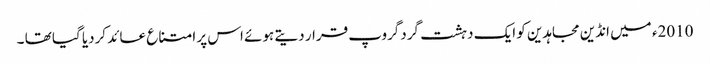
2010ء میں انڈین مجاہدین کو ایک دہشت گردگروپ قرار دیتے ہوئے اس پر امتناع عائد کردیا گیا تھا ۔